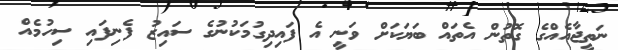
ނަތީޖާއެއްގެ ގޮތުން އެތައް ބަޔަކަށް ވަނީ އެ ފައިދިގުމަކުނުގެ ސައިޒު ފެނިފައި ސިހުމެއް